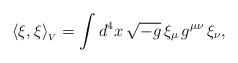
LaTeX: \begin{align*}\langle \xi,\xi\rangle _{_V} = \int d^4 x\, \sqrt{-g}\, \xi_{\mu} \,g^{\mu\nu}\, \xi_{\nu},\end{align*}